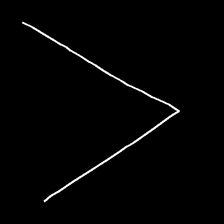
Glyph: region